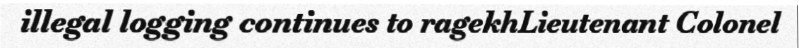
illegal logging continues to ragekhLieutenant Colonel